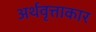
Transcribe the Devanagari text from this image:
अर्थवृत्ताकार